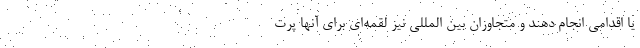
یا اقدامی انجام دهند و متجاوزان بین المللی نیز لقمه‌ای برای آنها پرت